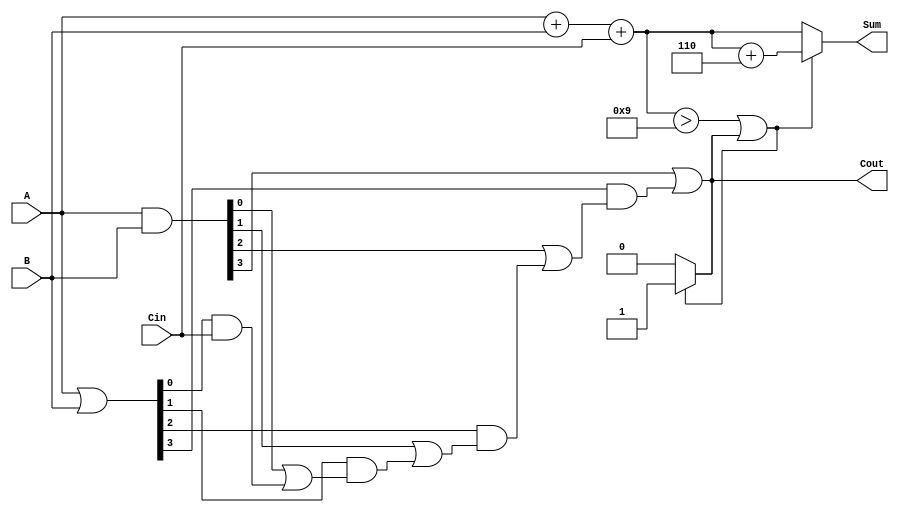
module BCD_Carry_Lookahead_Adder (
    input [3:0] A,       // BCD digit A
    input [3:0] B,       // BCD digit B
    input Cin,           // Carry input
    output reg [3:0] Sum, // BCD Sum output
    output reg Cout       // Carry output
);
    
    wire [3:0] S;        // Sum without correction
    wire [3:0] G;        // Generate signals
    wire [3:0] P;        // Propagate signals
    wire C1, C2, C3;     // Carry signals

    // 1. Initial Sum Calculation
    assign S = A + B + Cin;

    // 2. Generate and Propagate logic
    assign G = A & B;          // Generate
    assign P = A | B;          // Propagate

    // Carry Lookahead Logic
    assign C1 = G[0] | (P[0] & Cin);
    assign C2 = G[1] | (P[1] & C1);
    assign C3 = G[2] | (P[2] & C2);
    assign Cout = G[3] | (P[3] & C3);

    // 3. BCD Correction Logic
    always @(*) begin
        if (S > 4'd9 || Cout) begin
            // If correction is needed, add 6
            Sum = S + 4'd6;
            Cout = 1; // Correction always generates a carry
        end else begin
            // No correction needed
            Sum = S;
            Cout = 0;
        end
    end

endmodule